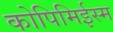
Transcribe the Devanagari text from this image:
कोपिमिईस्म